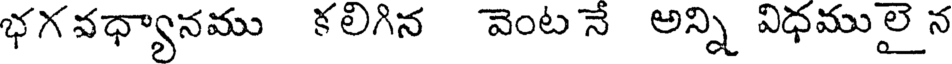
భగవధ్యానము కలిగిన వెంట నే అన్ని విధములై న